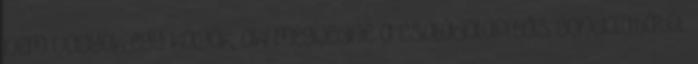
nem vagyok egy kölyök, aki megijedne a családalapítás gondolatától.